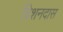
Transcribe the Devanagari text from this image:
विशनदास